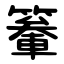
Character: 䉊